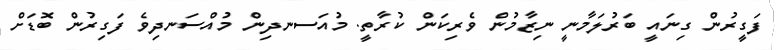
ފަގީރުން ގިނައީ ބަރުލަމާނީ ނިޒާމުން ވެރިކަން ކުރާތީ. މުއަސނދިން މުއްސަނދިވެ ފަގިރުން ބޮޑަށް